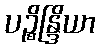
ပဉ္စိန္ဒြိယာ